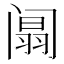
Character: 阘